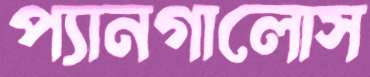
প্যানগালোস